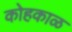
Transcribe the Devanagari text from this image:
कोहकाळ